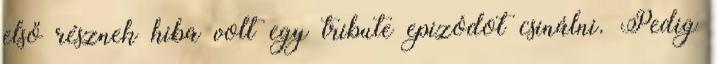
első résznek hiba volt egy tribute epizódot csinálni. Pedig